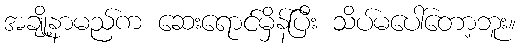
အချို့နာမည်က ဆေးရောင်မှိန်ပြီး သိပ်မပေါ်တော့ဘူး။